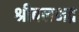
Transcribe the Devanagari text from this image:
श्रीबलभद्र